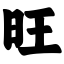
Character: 旺